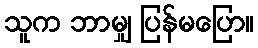
သူက ဘာမျှ ပြန်မပြော။